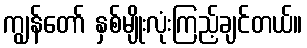
ကျွန်တော် နှစ်မျိုးလုံးကြည့်ချင်တယ်။